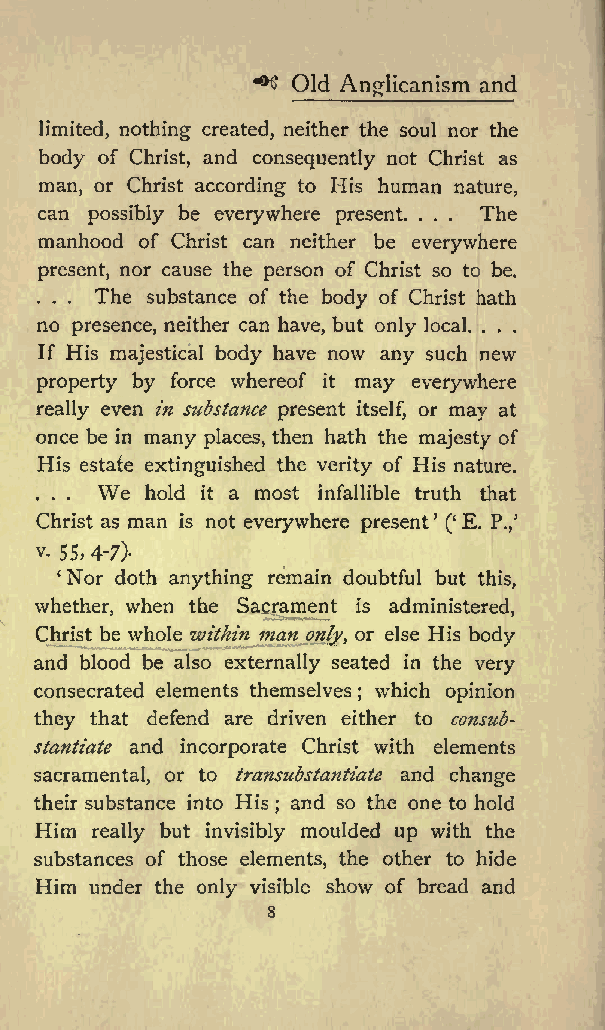
^&amp;gt; Old Anglicanism and
 limited, nothing created, neither the soul nor the
 body of Christ, and consequently not Christ as
 man, or Christ according to His human nature,
 can possibly be everywhere present. . . . The
 manhood of Christ can neither be everywhere
 present, nor cause the person of Christ so to be.
 . . . The substance of the body of Christ hath
 no presence, neither can have, but only local. . . .
 If His majestical body have now any such new
 property by force whereof it may everywhere
 really even in substance present itself, or may at
 once be in many places, then hath the majesty of
 His estate extinguished the verity of His nature.
 We
 . . .   hold it a most infallible truth that
 Christ as man is not everywhere present ( E. P./
 v. 55,4-7)-
 Nor doth anything remain doubtful but this,
 whether, when the Sacrament is administered,
 Christ be whole within man only, or else His body
 and blood be also externally seated in the very
 consecrated elements themselves which opinion
 ;
 they that defend are driven either to consub-
 stantiate and incorporate Christ with elements
 sacramental, or to transubstantiate and change
 their substance into His and so the one to hold
 ;
 Him really but invisibly moulded up with the
 substances of those elements, the other to hide
 Him under the only visible show of bread and